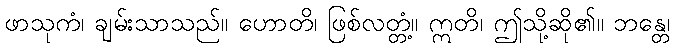
ဖာသုကံ၊ ချမ်းသာသည်။ ဟောတိ၊ ဖြစ်လတ္တံ့။ ဣတိ၊ ဤသို့ဆို၏။ ဘန္တေ၊